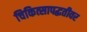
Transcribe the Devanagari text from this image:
चिकित्सापद्धतीवर